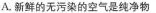
A.新鲜的无污染的空气是纯净物